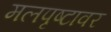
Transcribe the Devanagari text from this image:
मलपृष्टावर